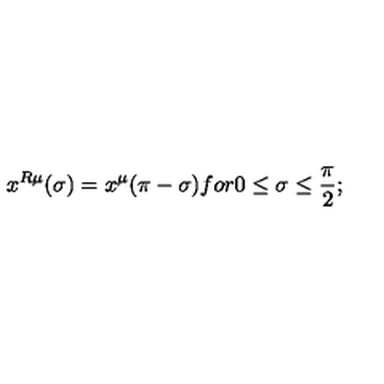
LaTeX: x ^ { R \mu } ( \sigma ) = x ^ { \mu } ( \pi - \sigma ) f o r 0 \leq \sigma \leq \frac { \pi } { 2 } ;